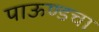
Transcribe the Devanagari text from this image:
पाऊण्डचा